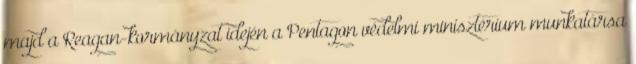
majd a Reagan-kormányzat idején a Pentagon védelmi minisztérium munkatársa